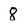
Character: 8